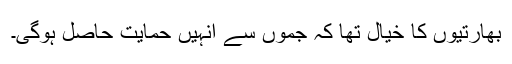
بھارتیوں کا خیال تھا کہ جموں سے انہیں حمایت حاصل ہوگی۔